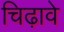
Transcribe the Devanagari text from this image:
चिढ़ावे